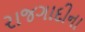
રાજગાદીના